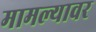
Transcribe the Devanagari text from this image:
मामल्यावर